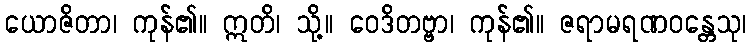
ယောဇိတာ၊ ကုန်၏။ ဣတိ၊ သို့။ ဝေဒိတဗ္ဗာ၊ ကုန်၏။ ဇရာမရဏဝန္တေသု၊